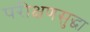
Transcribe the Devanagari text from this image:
परीक्षणसुद्धा